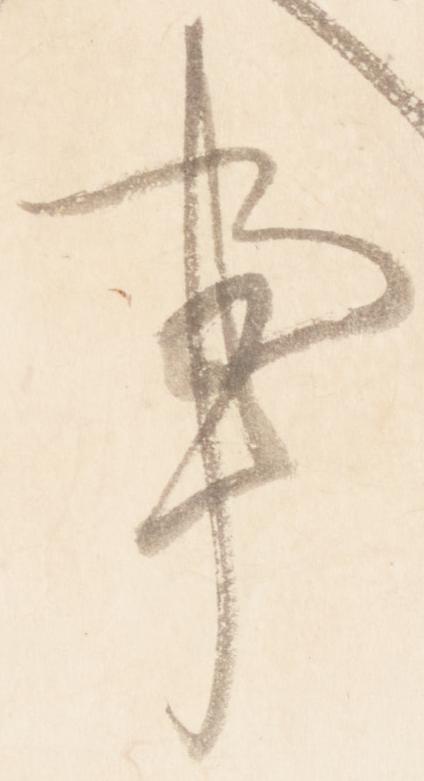
亊